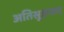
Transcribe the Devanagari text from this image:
अतिसूक्ष्म्वाद